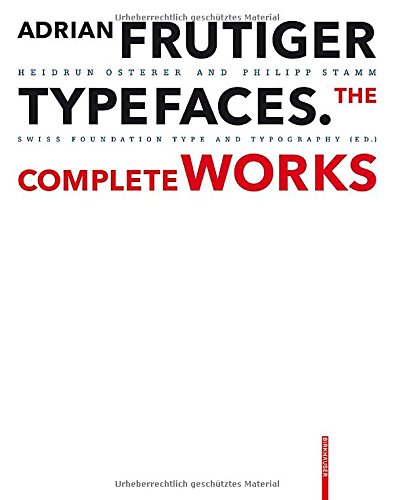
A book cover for Adrian Frutiger  Typefaces; Heidrun Osterer; Arts & Photography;